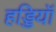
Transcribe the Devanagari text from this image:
हड्डियॉ